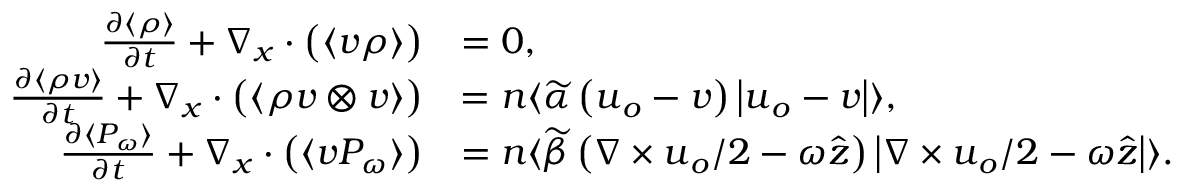
\begin{array} { r l } { \frac { \partial \langle \rho \rangle } { \partial t } + \nabla _ { \boldsymbol { x } } \cdot \big ( \langle \boldsymbol { v } \rho \rangle \big ) } & { = 0 , } \\ { \frac { \partial \langle \rho \boldsymbol { v } \rangle } { \partial t } + \nabla _ { \boldsymbol { x } } \cdot \big ( \langle \rho \boldsymbol { v } \otimes \boldsymbol { v } \rangle \big ) } & { = n \langle \widetilde { \alpha } \left( \boldsymbol { u } _ { o } - \boldsymbol { v } \right) \left| \boldsymbol { u } _ { o } - \boldsymbol { v } \right| \rangle , } \\ { \frac { \partial \langle P _ { \omega } \rangle } { \partial t } + \nabla _ { \boldsymbol { x } } \cdot \big ( \langle \boldsymbol { v } P _ { \omega } \rangle \big ) } & { = n \langle \widetilde { \beta } \left( \nabla \times \boldsymbol { u } _ { o } / 2 - \omega \hat { \boldsymbol { z } } \right) \left| \nabla \times \boldsymbol { u } _ { o } / 2 - \omega \hat { \boldsymbol { z } } \right| \rangle . } \end{array}